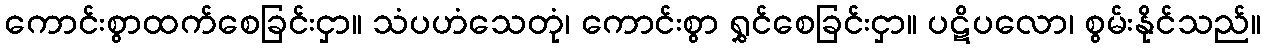
ကောင်းစွာထက်စေခြင်းငှာ။ သံပဟံသေတုံ၊ ကောင်းစွာ ရွှင်စေခြင်းငှာ။ ပဋိပလော၊ စွမ်းနိုင်သည်။